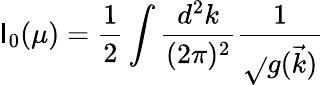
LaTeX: \mathsf{I}_{0}(\mu)={\frac{{1}}{{2}}}\int\frac{{d^{2}k}}{{(2\pi)^{2}}}\frac{{1}}{{\sqrt{}{{g(\vec{{k}}}})}}